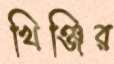
খিঞ্জির